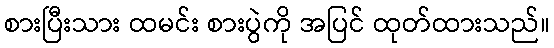
စားပြီးသား ထမင်း စားပွဲကို အပြင် ထုတ်ထားသည်။